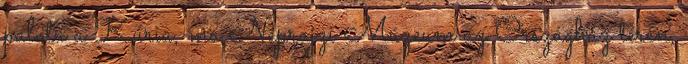
palota a Kúria, ma Néprajzi Múzeum az Országház téren,